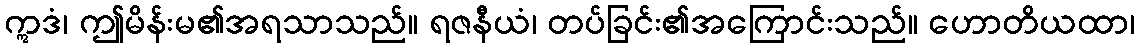
ဣဒံ၊ ဤမိန်းမ၏အရသာသည်။ ရဇနီယံ၊ တပ်ခြင်း၏အကြောင်းသည်။ ဟောတိယထာ၊